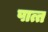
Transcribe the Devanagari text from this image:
पात्त